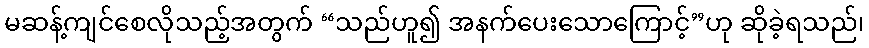
မဆန့်ကျင်စေလိုသည့်အတွက် “သည်ဟူ၍ အနက်ပေးသောကြောင့်”ဟု ဆိုခဲ့ရသည်၊